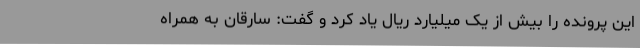
این پرونده را بیش از یک میلیارد ریال یاد کرد و گفت: سارقان به همراه